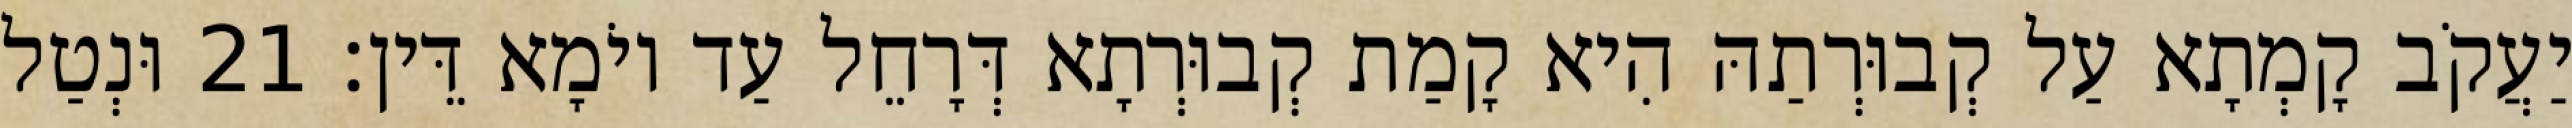
יַעֲקֹב קָמְתָא עַל קְבוּרְתַהּ הִיא קָמַת קְבוּרְתָא דְּרָחֵל עַד יוֹמָא דֵּין׃ 21 וּנְטַל